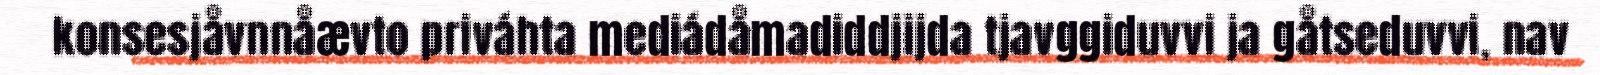
konsesjåvnnåævto priváhta mediádåmadiddjijda tjavggiduvvi ja gåtseduvvi, nav